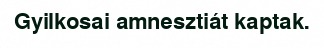
Gyilkosai amnesztiát kaptak.